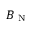
B _ { \mathrm { ~ N ~ } }